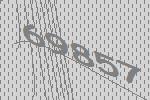
69857